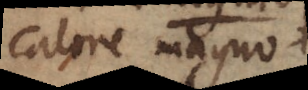
calore magno.